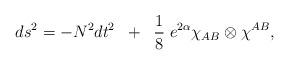
LaTeX: \begin{align*}ds^{2} = -N^{2}dt^{2} \;\; + \;\; \frac{1}{8} \; e^{2\alpha}\chi_{AB}\otimes\chi^{AB}, \end{align*}